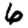
Digit: 6